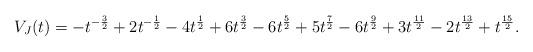
LaTeX: \begin{align*}V_{J}(t)=-t^{-\frac{3}{2}}+2t^{-\frac{1}{2}}-4t^{\frac{1}{2}}+6t^{\frac{3}{2}}-6t^{\frac{5}{2}}+5t^{\frac{7}{2}}-6t^{\frac{9}{2}}+3t^{\frac{11}{2}}-2t^{\frac{13}{2}}+t^{\frac{15}{2}}.\end{align*}